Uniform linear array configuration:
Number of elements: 64
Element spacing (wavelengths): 0.5
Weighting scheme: binomial
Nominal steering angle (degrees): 0
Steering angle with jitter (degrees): -0.415
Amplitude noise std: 0.05
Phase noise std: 0.05

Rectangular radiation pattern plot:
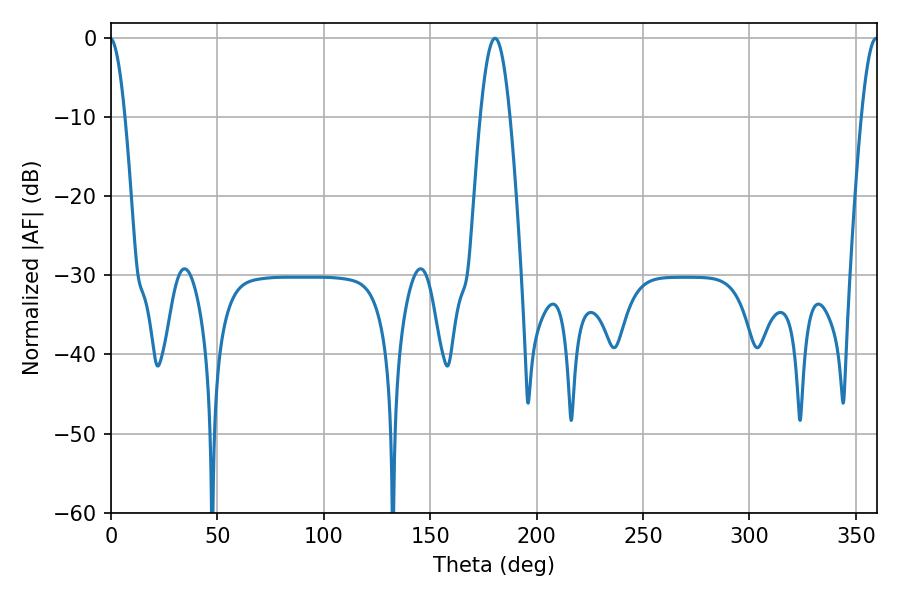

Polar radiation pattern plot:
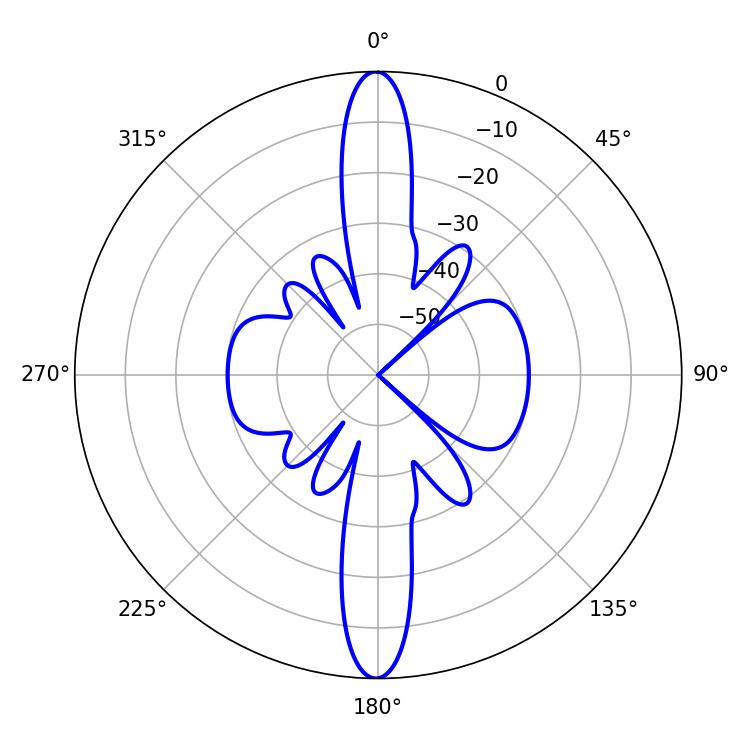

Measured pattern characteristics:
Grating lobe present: FALSE
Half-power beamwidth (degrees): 7.38
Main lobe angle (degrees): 180.36